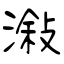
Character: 潊